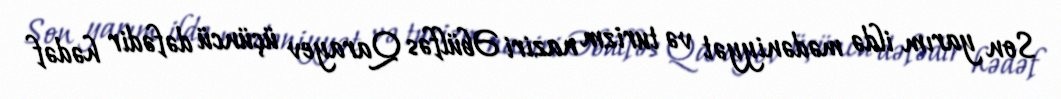
Son yarım ildə mədəniyyət və turizm naziri Əbülfəs Qarayev üçüncü dəfədir hədəf